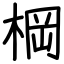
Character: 棡